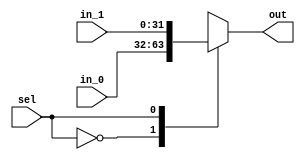
module mux_alusrca(
    input wire [31:0] in_0, // pc
    input wire [31:0] in_1, // registrador a
    input wire sel,
    output reg [31:0] out
);
  
  always@(*) begin
    case (sel)
      1'b0: out = in_0;
      1'b1: out = in_1;
    endcase
  end
endmodule